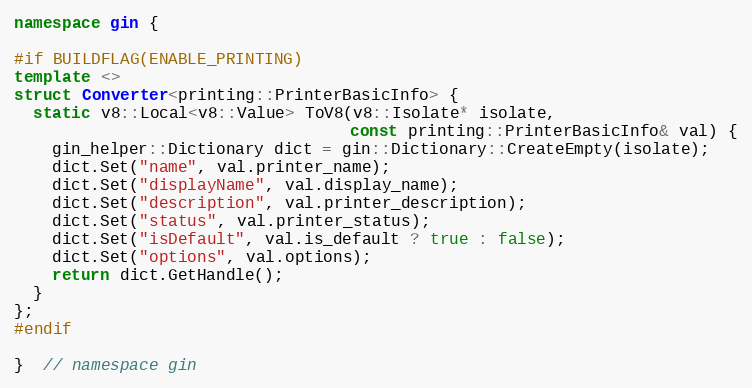
Language: C++
namespace gin {

#if BUILDFLAG(ENABLE_PRINTING)
template <>
struct Converter<printing::PrinterBasicInfo> {
  static v8::Local<v8::Value> ToV8(v8::Isolate* isolate,
                                   const printing::PrinterBasicInfo& val) {
    gin_helper::Dictionary dict = gin::Dictionary::CreateEmpty(isolate);
    dict.Set("name", val.printer_name);
    dict.Set("displayName", val.display_name);
    dict.Set("description", val.printer_description);
    dict.Set("status", val.printer_status);
    dict.Set("isDefault", val.is_default ? true : false);
    dict.Set("options", val.options);
    return dict.GetHandle();
  }
};
#endif

}  // namespace gin